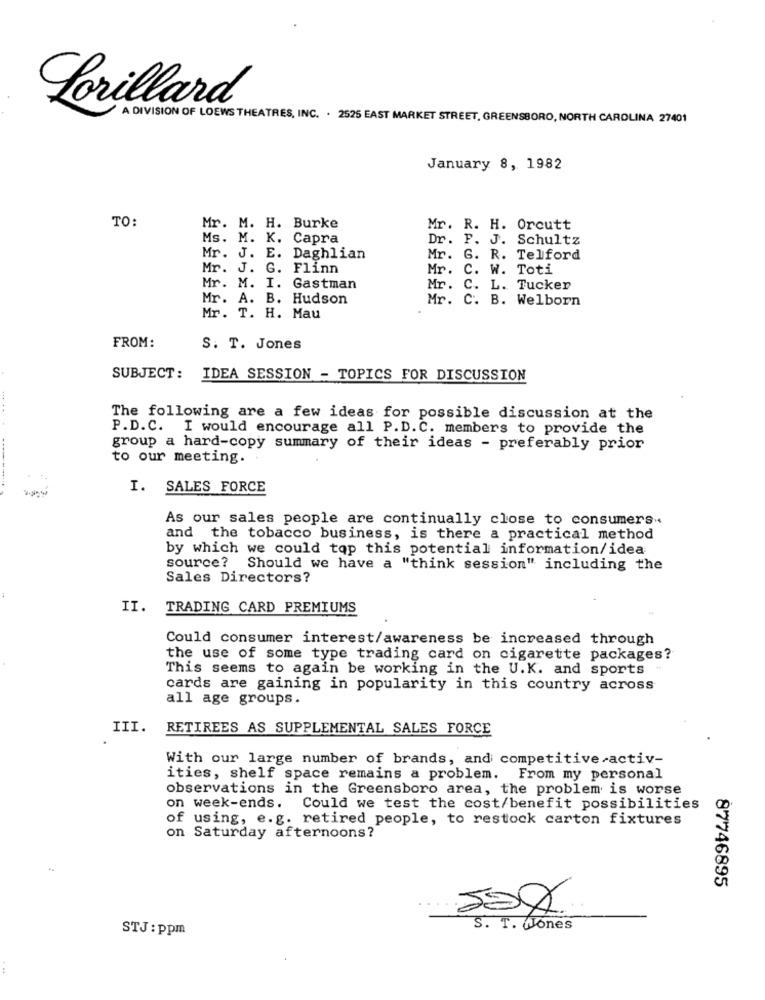
Lorillard
A DIVISION OF LOEWS THEATRES, INC. . 2525 EAST MARKET STREET, GREENSBORO, NORTH CAROLINA 27401
January 8, 1982
TO:
Mr. M. H. Burke
Mr. R. H. Orcutt
Ms. M. K. Capra
Dr. F. J. Schultz
Mr. J. E. Daghlian
Mr. G. R. Telford
Mr. J. G. Flinn
Mr. C. W. Toti
Mr. M. I. Gastman
Mr. C. L. Tucker
Mr. A. B. Hudson
Mr. C. B. Welborn
Mr. T. H. Mau
FROM:
S. T. Jones
SUBJECT: IDEA SESSION - TOPICS FOR DISCUSSION
...
The following are a few ideas for possible discussion at the
P.D.C. I would encourage all P.D. C. members to provide the
group a hard-copy summary of their ideas - preferably prior
to our meeting.
I. SALES FORCE
As our sales people are continually close to consumers ..
and the tobacco business, is there a practical method
by which we could top this potential information/idea
source? Should we have a "think session" including the
Sales Directors?
II. TRADING CARD PREMIUMS
Could consumer interest/awareness be increased through
the use of some type trading card on cigarette packages?
This seems to again be working in the U.K. and sports
cards are gaining in popularity in this country across
all age groups.
III.
RETIREES AS SUPPLEMENTAL SALES FORCE
With our large number of brands, and competitive activ-
ities, shelf space remains a problem. From my personal
observations in the Greensboro area, the problem is worse
on week-ends. Could we test the cost/benefit possibilities
of using, e.g. retired people, to restock carton fixtures
on Saturday afternoons?
87746895
STJ: ppm
S. T. Jones
: